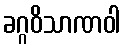
ခဂ္ဂဝိသာဏဝါ